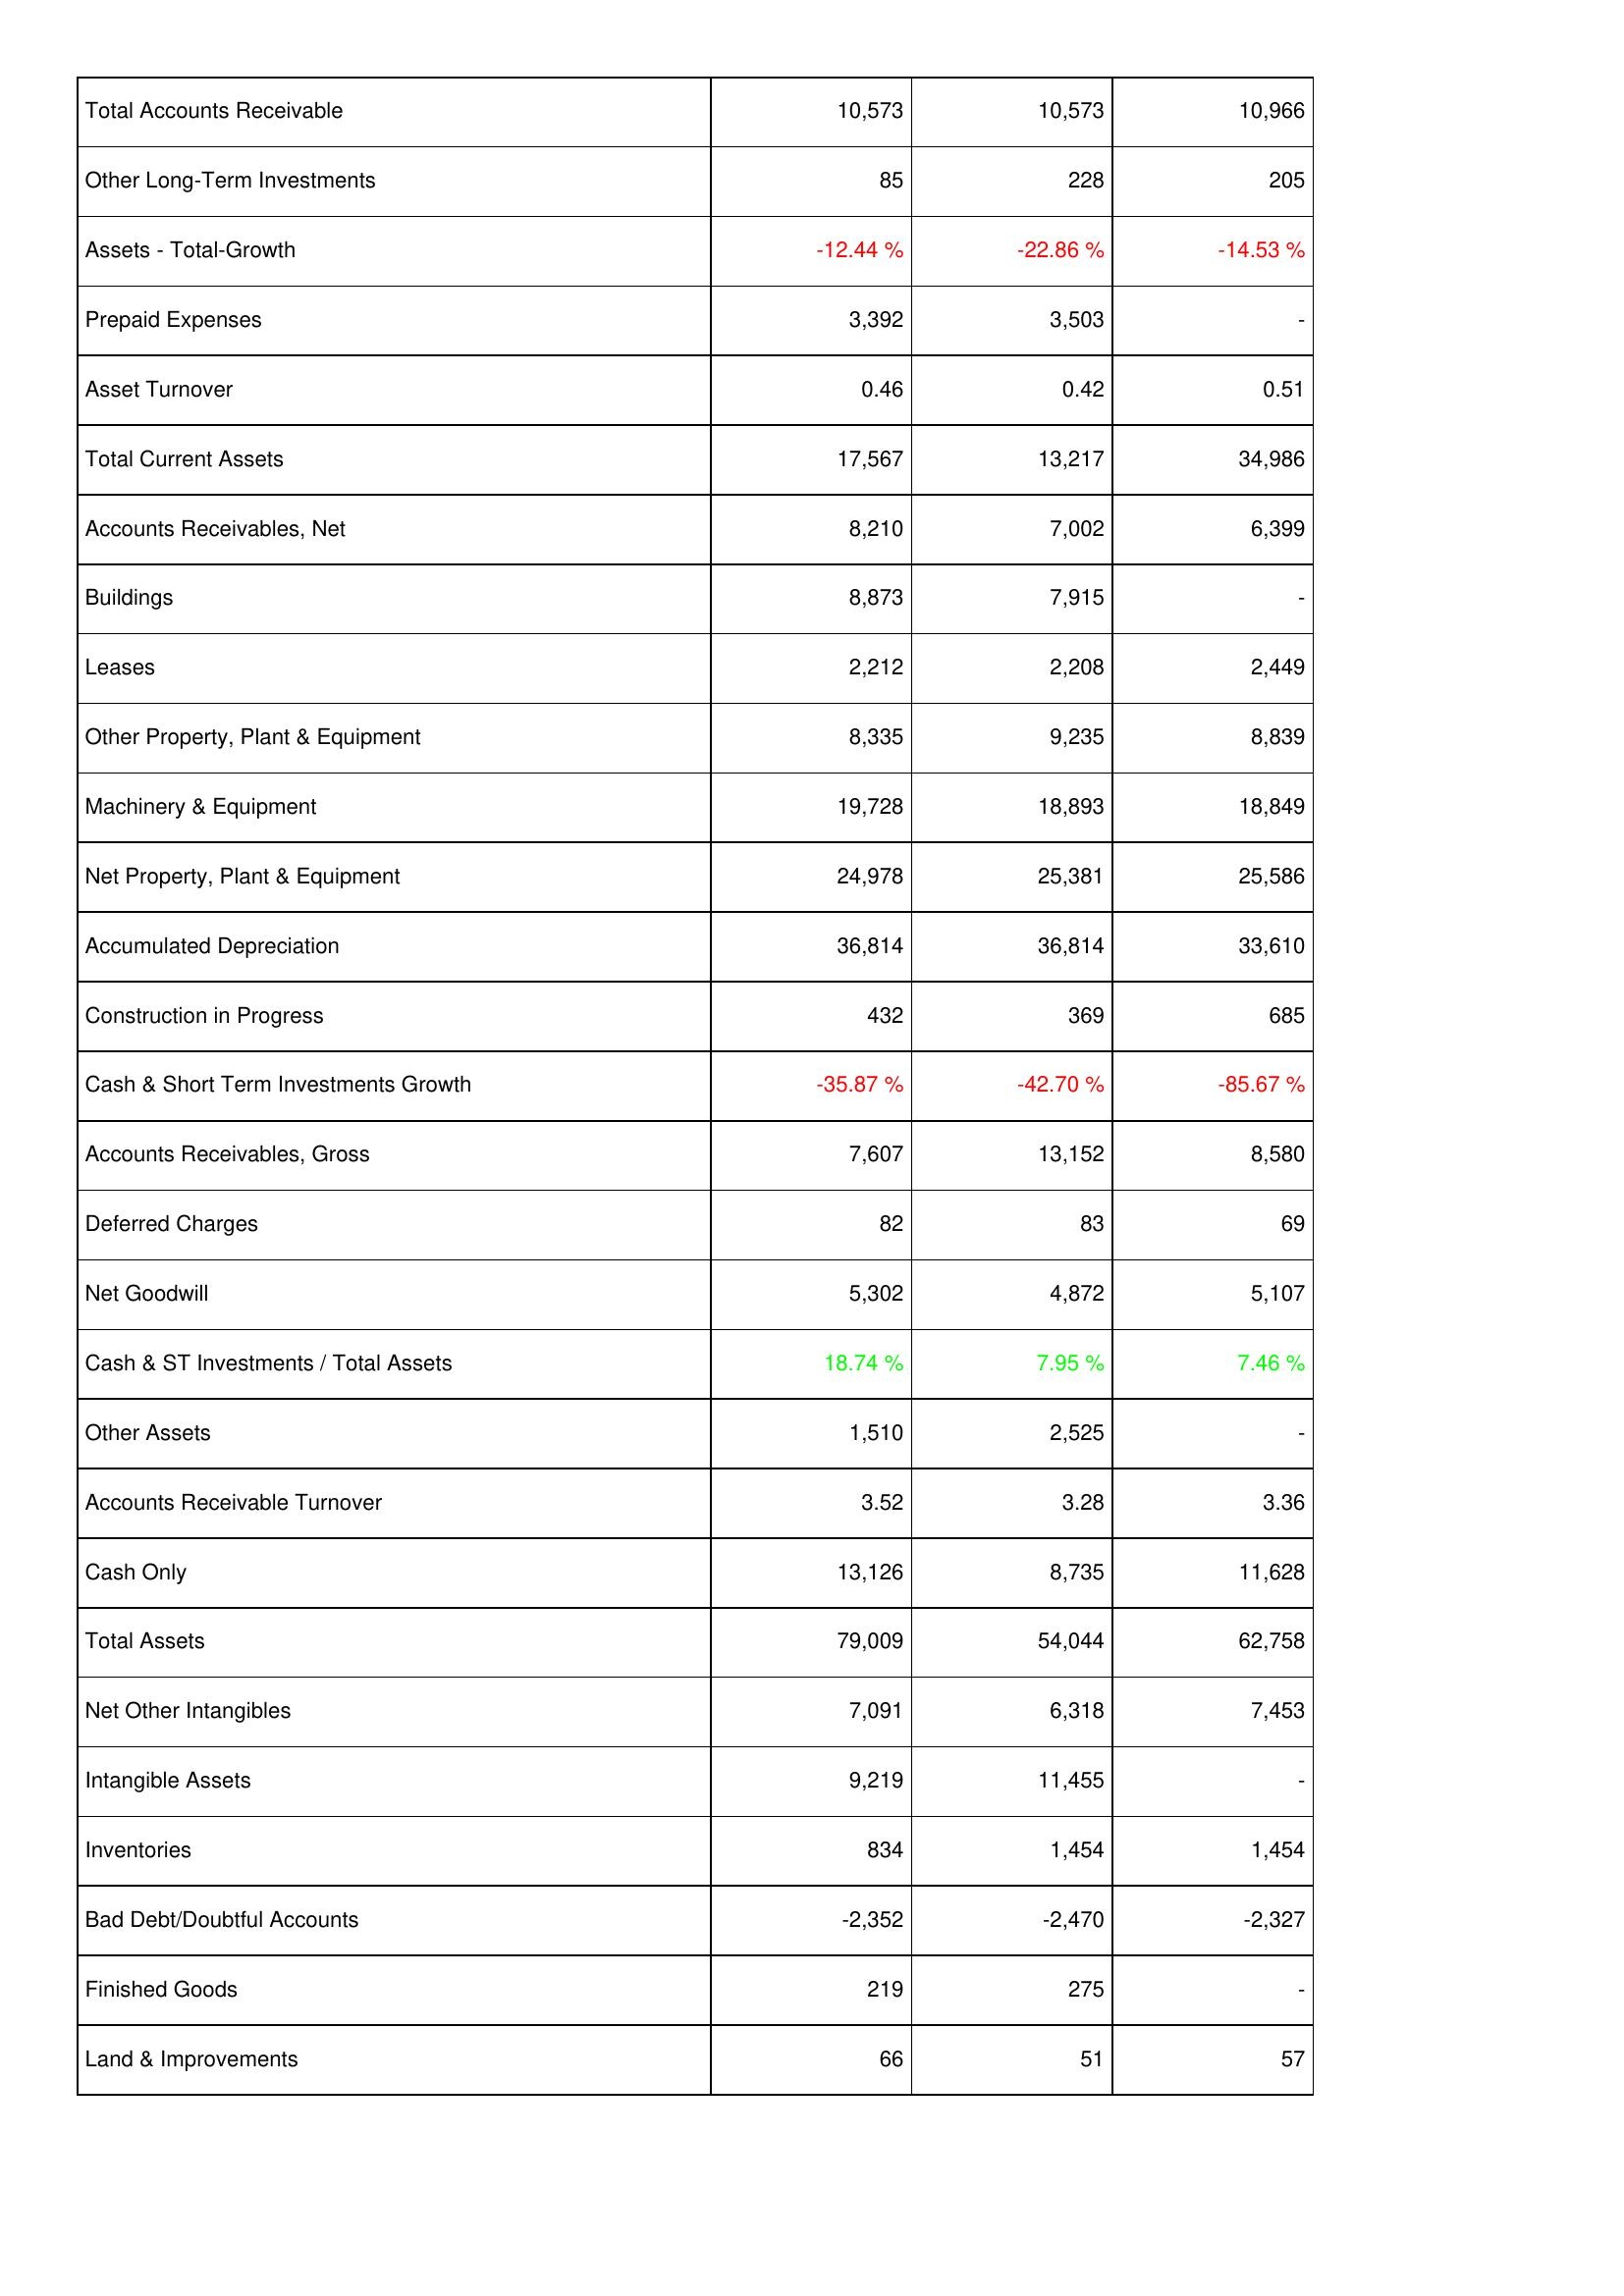
2013: Assets: Total Accounts Receivable: 10,573
Other Long-Term Investments: 85
Assets - Total-Growth: -12.44 %
Prepaid Expenses: 3,392
Asset Turnover: 0.46
Total Current Assets: 17,567
Accounts Receivables, Net: 8,210
Buildings: 8,873
Leases: 2,212
Other Property, Plant & Equipment: 8,335
Machinery & Equipment: 19,728
Net Property, Plant & Equipment: 24,978
Accumulated Depreciation: 36,814
Construction in Progress: 432
Cash & Short Term Investments Growth: -35.87 %
Accounts Receivables, Gross: 7,607
Deferred Charges: 82
Net Goodwill: 5,302
Cash & ST Investments / Total Assets: 18.74 %
Other Assets: 1,510
Accounts Receivable Turnover: 3.52
Cash Only: 13,126
Total Assets: 79,009
Net Other Intangibles: 7,091
Intangible Assets: 9,219
Inventories: 834
Bad Debt/Doubtful Accounts: -2,352
Finished Goods: 219
Land & Improvements: 66
2014: Assets: Total Accounts Receivable: 10,573
Other Long-Term Investments: 228
Assets - Total-Growth: -22.86 %
Prepaid Expenses: 3,503
Asset Turnover: 0.42
Total Current Assets: 13,217
Accounts Receivables, Net: 7,002
Buildings: 7,915
Leases: 2,208
Other Property, Plant & Equipment: 9,235
Machinery & Equipment: 18,893
Net Property, Plant & Equipment: 25,381
Accumulated Depreciation: 36,814
Construction in Progress: 369
Cash & Short Term Investments Growth: -42.70 %
Accounts Receivables, Gross: 13,152
Deferred Charges: 83
Net Goodwill: 4,872
Cash & ST Investments / Total Assets: 7.95 %
Other Assets: 2,525
Accounts Receivable Turnover: 3.28
Cash Only: 8,735
Total Assets: 54,044
Net Other Intangibles: 6,318
Intangible Assets: 11,455
Inventories: 1,454
Bad Debt/Doubtful Accounts: -2,470
Finished Goods: 275
Land & Improvements: 51
2015: Assets: Total Accounts Receivable: 10,966
Other Long-Term Investments: 205
Assets - Total-Growth: -14.53 %
Prepaid Expenses: -
Asset Turnover: 0.51
Total Current Assets: 34,986
Accounts Receivables, Net: 6,399
Buildings: -
Leases: 2,449
Other Property, Plant & Equipment: 8,839
Machinery & Equipment: 18,849
Net Property, Plant & Equipment: 25,586
Accumulated Depreciation: 33,610
Construction in Progress: 685
Cash & Short Term Investments Growth: -85.67 %
Accounts Receivables, Gross: 8,580
Deferred Charges: 69
Net Goodwill: 5,107
Cash & ST Investments / Total Assets: 7.46 %
Other Assets: -
Accounts Receivable Turnover: 3.36
Cash Only: 11,628
Total Assets: 62,758
Net Other Intangibles: 7,453
Intangible Assets: -
Inventories: 1,454
Bad Debt/Doubtful Accounts: -2,327
Finished Goods: -
Land & Improvements: 57